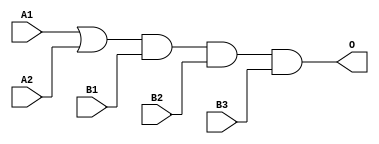
module JGB2111A(A1, A2, B1, B2, B3, O);
input   A1;
input   A2;
input   B1;
input   B2;
input   B3;
output  O;
or g0(w0, A1, A2);
and g1(O, w0, B1, B2, B3);
endmodule